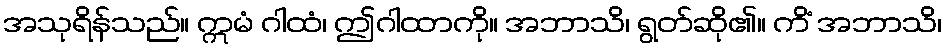
အသုရိန်သည်။ ဣမံ ဂါထံ၊ ဤဂါထာကို။ အဘာသိ၊ ရွတ်ဆို၏။ ကိံ အဘာသိ၊